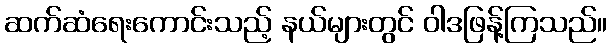
ဆက်ဆံရေးကောင်းသည့် နယ်များတွင် ဝါဒဖြန့်ကြသည်။